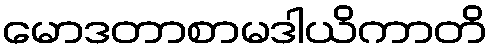
မောဒတာစာမဒါယိကာတိ